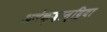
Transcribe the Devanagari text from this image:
अलेक्ज़ान्द्रिया